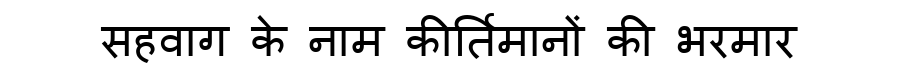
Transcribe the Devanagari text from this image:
सहवाग के नाम कीर्तिमानों की भरमार